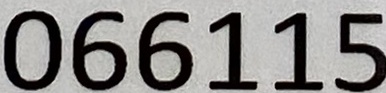
066115